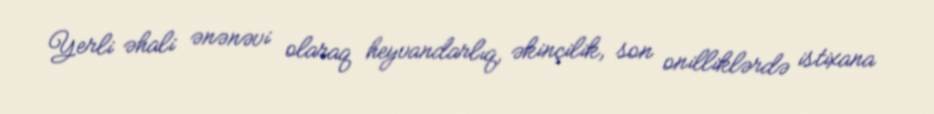
Yerli əhali ənənəvi olaraq heyvandarlıq, əkinçilik, son onilliklərdə istixana